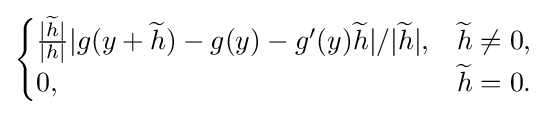
{\begin{cases}{\frac {|{\widetilde {h}}|}{|h|}}|g(y+{\widetilde {h}})-g(y)-g'(y){\widetilde {h}}|/|{\widetilde {h}}|,&{\widetilde {h}}\neq 0,\\0,&{\widetilde {h}}=0.\end{cases}}